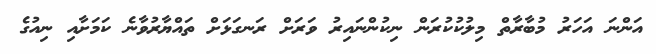
އަންނަ އަހަރު މުބާރާތް މިލުކުކުރަން ނިކުންނައިރު ވަރަށް ރަނގަޅަށް ތައްޔާރުވާނެ ކަމަށާއި ނިއުގެ